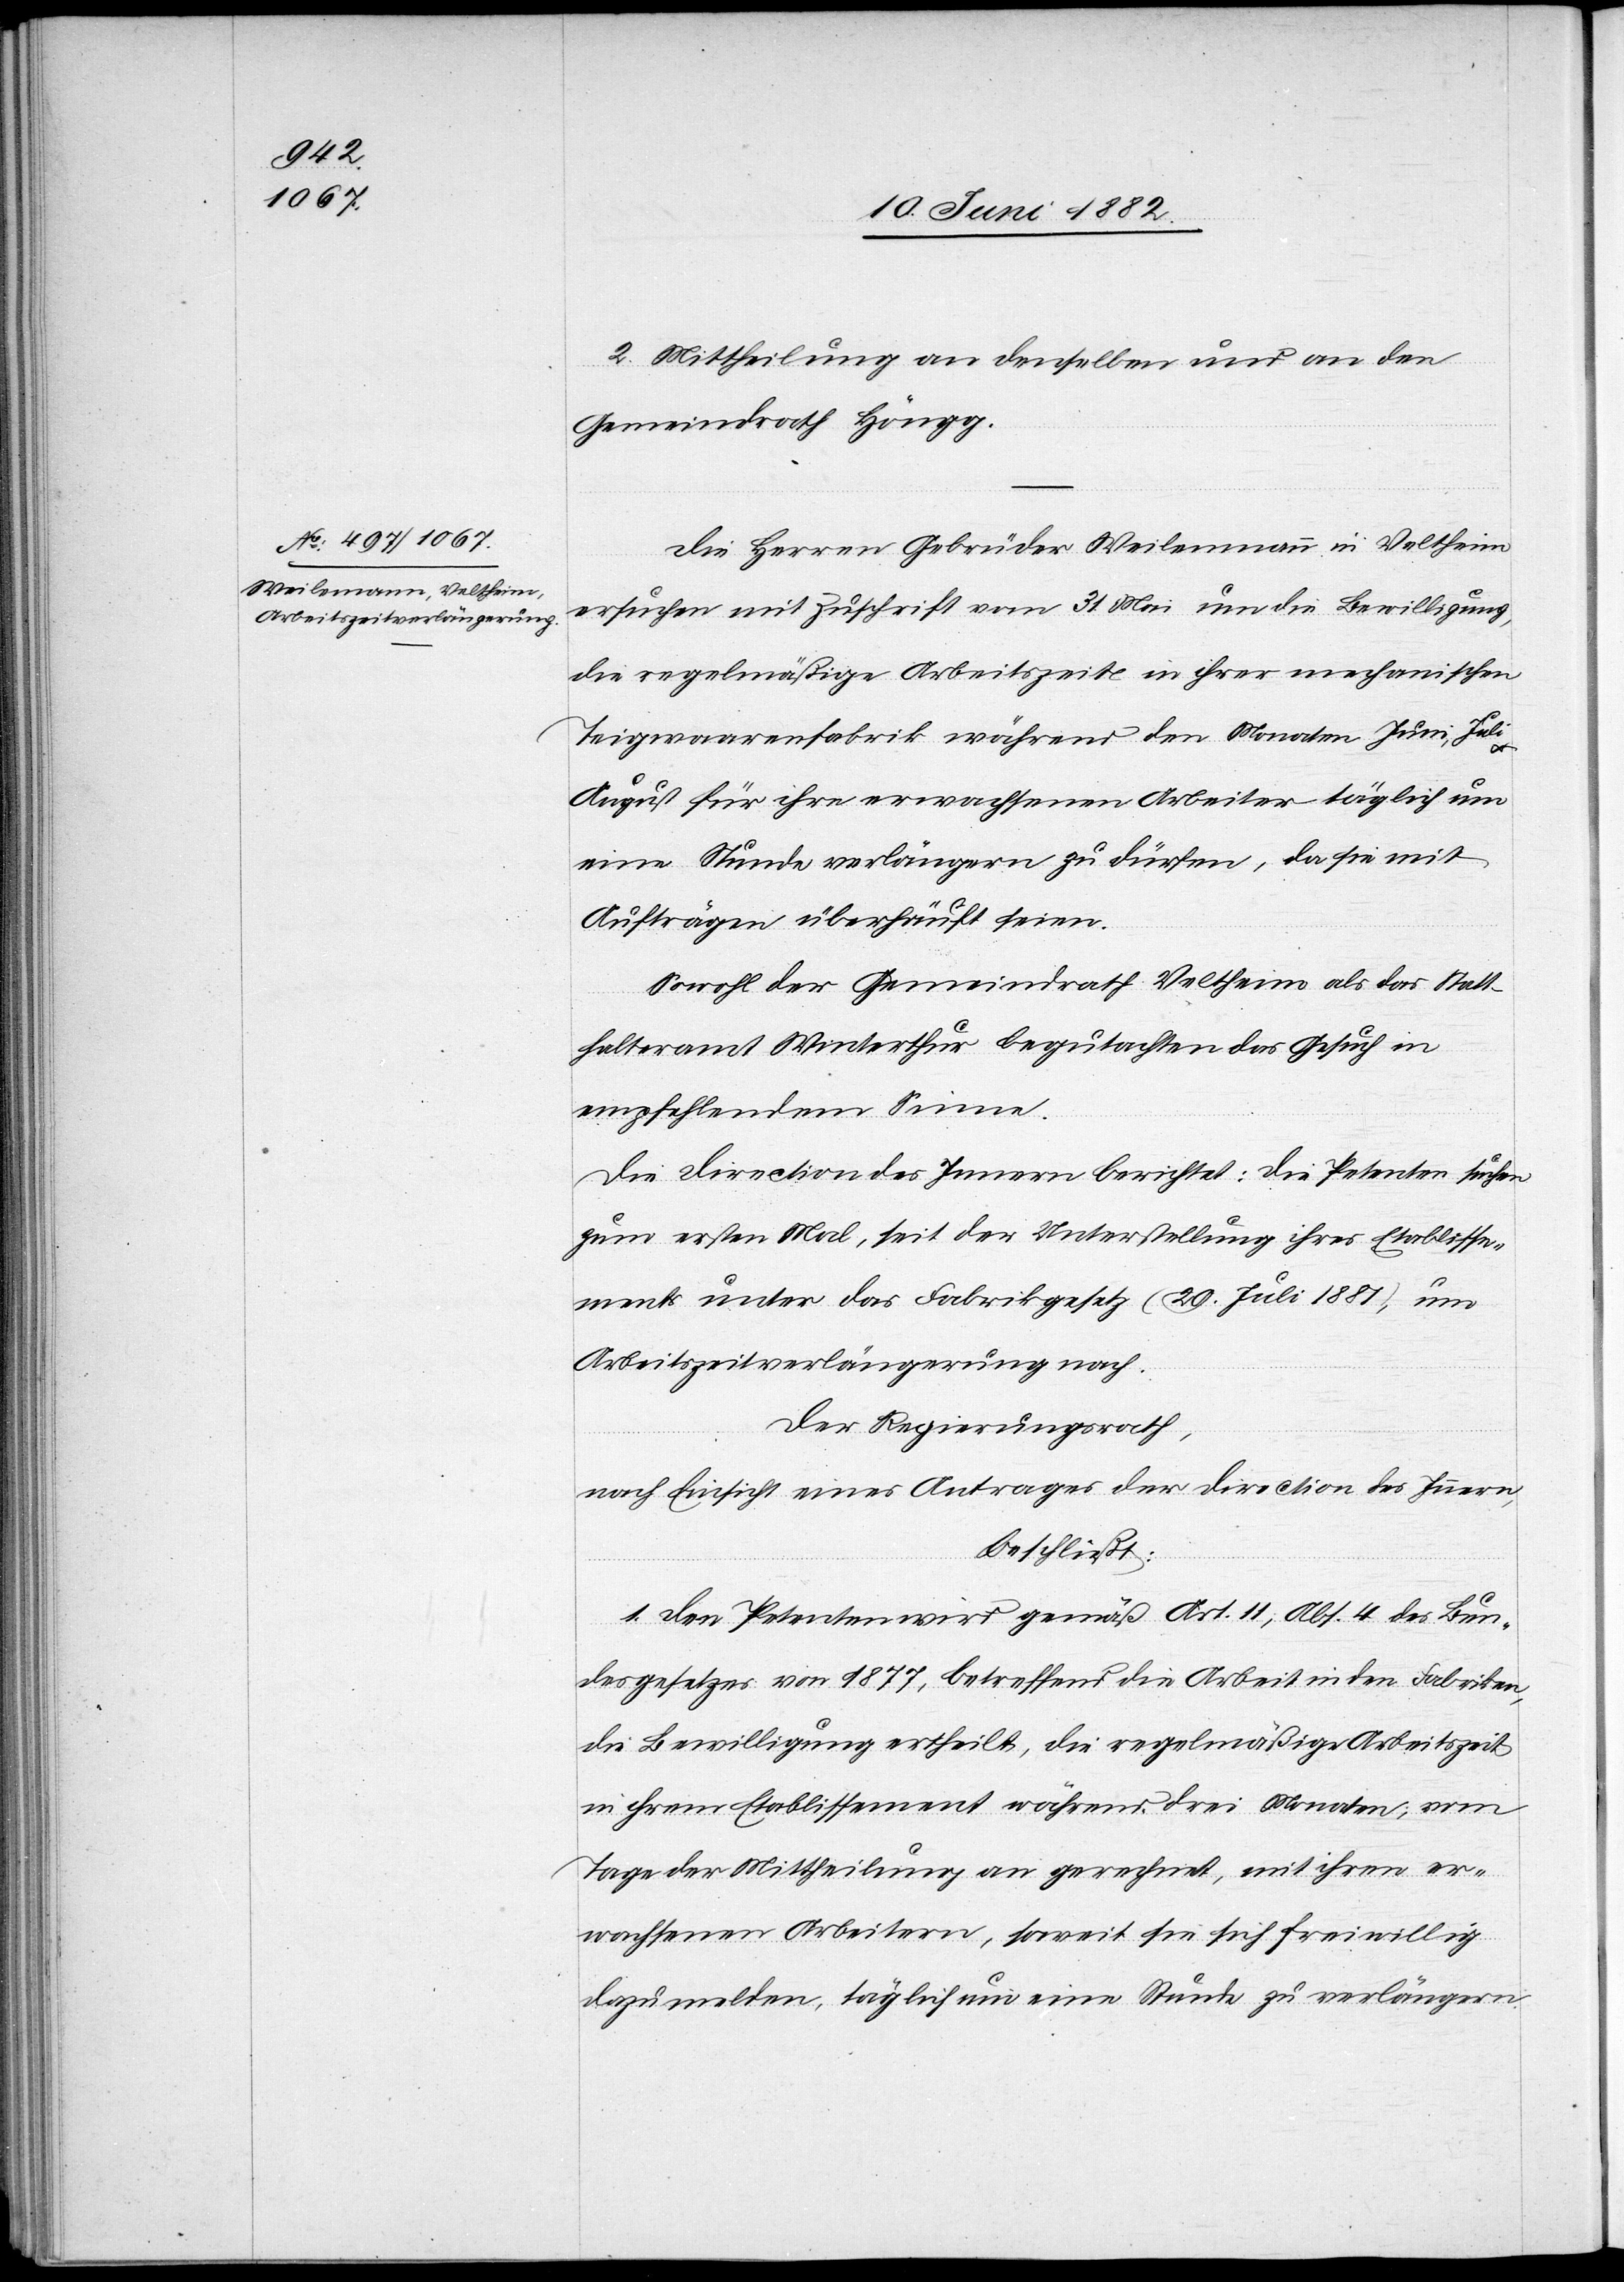
2. Mittheilung an denselben und an den
Gemeindrath Höngg.
Die Herren Gebrüder Weilemann in Veltheim
ersuchen mit Zuschrift vom 31. Mai um die Bewilligung,
die regelmäßige Arbeitszeit in ihrer mechanischen
Teigwaarenfabrik während den Monaten Juni, Juli
August für ihre erwachsenen Arbeiter täglich um
eine Stunde verlängern zu dürfen, da sie mit
Aufträgen überhäuft seien.
Sowol der Gemeindrath Veltheim als das Statt¬
halteramt Winterthur begutachten das Gesuch in
empfehlendem Sinne.
Die Direction des Innern berichtet: Die Petenten suchen
zum ersten Mal, seit der Unterstellung ihres Etablisse¬
ments unter das Fabrikgesetz (29. Juli 1881), um
Arbeitszeitverlängerung nach.
Der Regierungsrath,
nach Einsicht eines Antrages der Direction des Innern,
beschließt:
1. Den Petenten wird gemäß Art. 11, Abs. 4 des Bun¬
desgesetzes von 1877, betreffend die Arbeit in den Fabriken,
die Bewilligung ertheilt, die regelmäßige Arbeitszeit
in ihrem Etablissement während drei Monaten, vom
Tage der Mittheilung an gerechnet, mit ihren er¬
wachsenen Arbeitern, soweit sie sich freiwillig
dazu melden, täglich um eine Stunde zu verlängern.